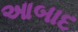
આબાદ